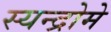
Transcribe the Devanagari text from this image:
स्यन्द्रोमे